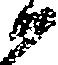
候